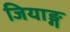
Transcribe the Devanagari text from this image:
जियाङ्ग